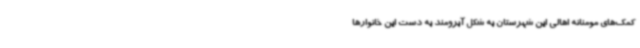
کمک‌های مومنانه اهالی این شهرستان به شکل آبرومند به دست این خانوارها